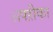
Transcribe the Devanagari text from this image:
अफ्ऱीका